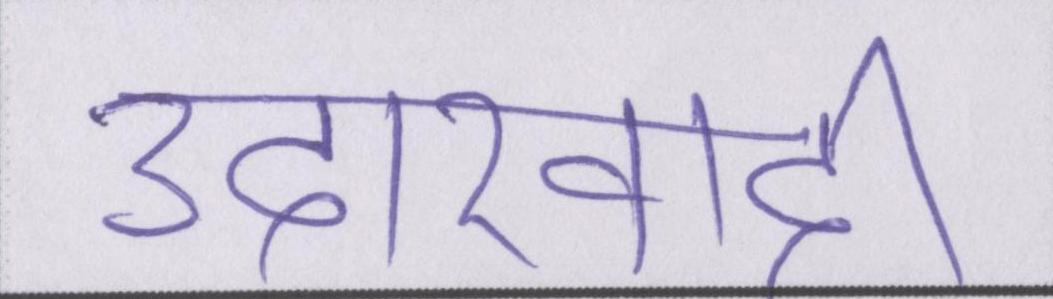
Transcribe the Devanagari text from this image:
उदारवादी